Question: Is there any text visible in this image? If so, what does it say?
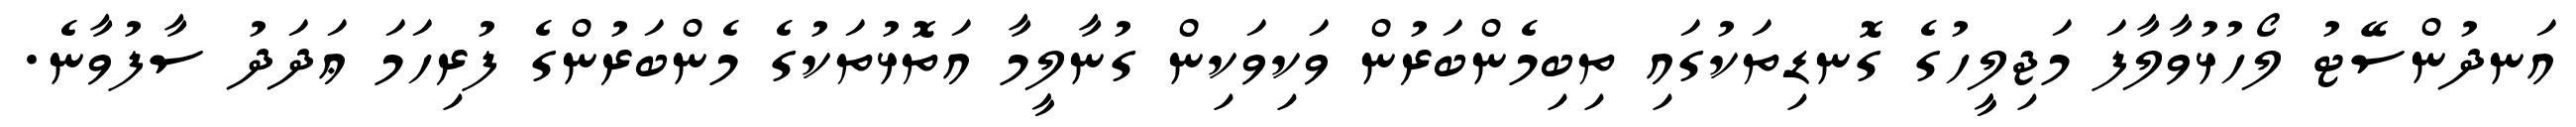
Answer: އަނދުންސޭޓު ލޯހުޅުވާލާފަ މަޖިލީހުގެ ގޮނޑިތަކުގައި ތިބިމެންބަރުން ވަކިވަކިން ގުނާލީމާ އަތޮޅުތަކުގެ މެންބަރުންގެ ފުރިހަމަ ޢަދަދު ސާފުވާނެ.